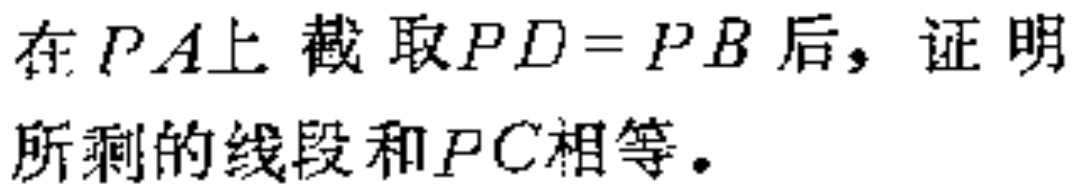
在 \(PA\)上截取\(PD = PB\)后，证明所剩的线段和\(PC\)相等。